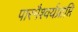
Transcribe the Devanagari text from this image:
पारमैश्वर्यप्राप्ति